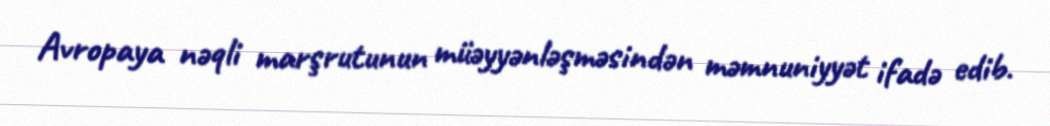
Avropaya nəqli marşrutunun müəyyənləşməsindən məmnuniyyət ifadə edib.